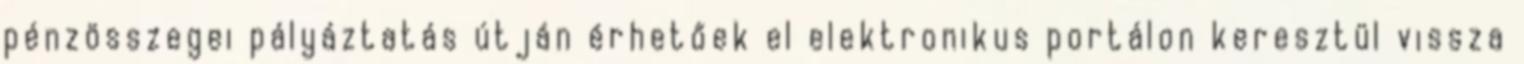
pénzösszegei pályáztatás útján érhetőek el elektronikus portálon keresztül vissza